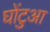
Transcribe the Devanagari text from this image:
घोंटुआ